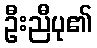
ဦးညီပု၏